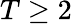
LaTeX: T\geq 2